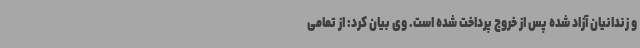
و زندانیان آزاد شده پس از خروج پرداخت شده است. وی بیان کرد: از تمامی